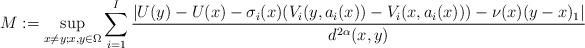
LaTeX: \begin{align*} M := \sup_{x \neq y; x, y \in \Omega} \sum_{i=1}^I\frac{ |U(y) - U(x) - \sigma_i(x) (V_i(y, a_i(x)) - V_i(x, a_i(x))) - \nu(x) (y-x)_1| }{d^{2\alpha}(x,y)}\end{align*}